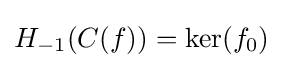
H_{-1}(C(f))=\operatorname {ker} (f_{0})